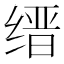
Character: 缙